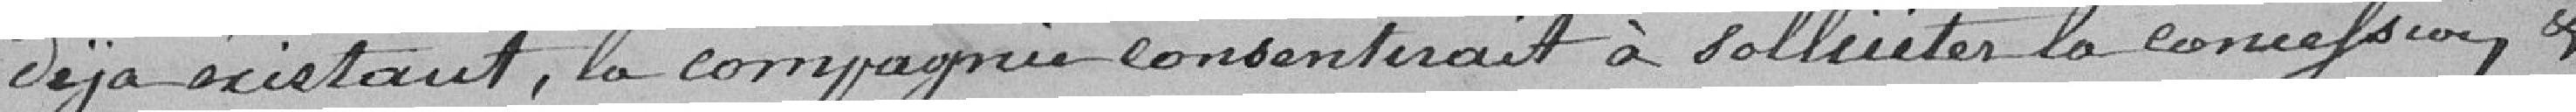
déjà existant, la compagnie consentirait à solliciter la concession et